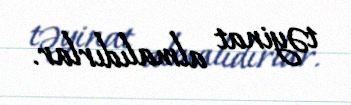
təyinat almalıdırlar.